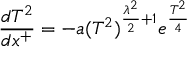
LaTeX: \frac { d T ^ { 2 } } { d x ^ { + } } = - a ( T ^ { 2 } ) ^ { \frac { \lambda ^ { 2 } } { 2 } + 1 } e ^ { \frac { T ^ { 2 } } { 4 } }